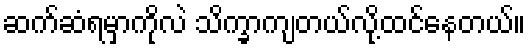
ဆက်ဆံရမှာကိုလဲ သိက္ခာကျတယ်လို့ထင်နေတယ်။